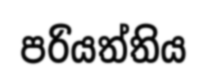
පරියත්තිය